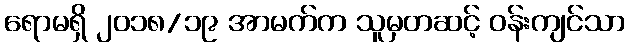
ရောမရှိ ၂၀၁၈/၁၉ အာမက်က သူမှတဆင့် ဝန်းကျင်သာ